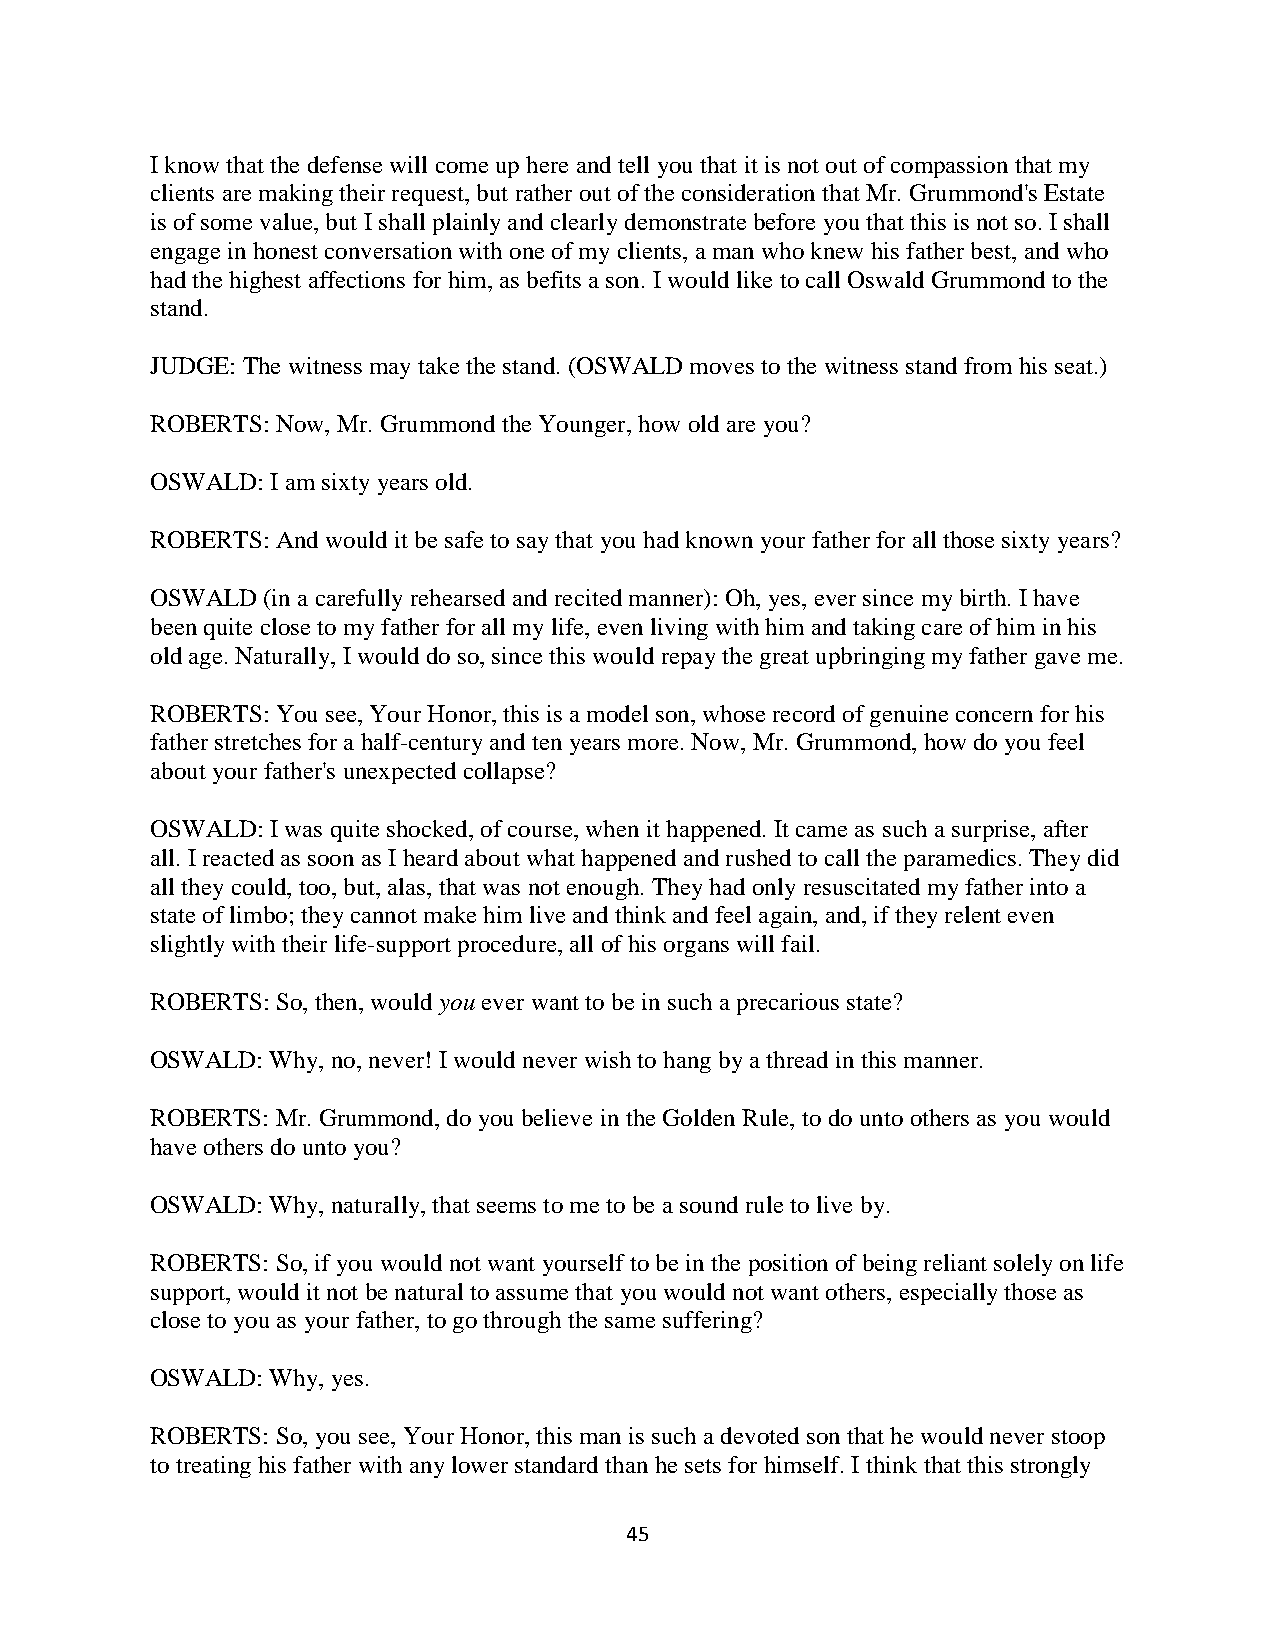
I know that the defense will come up here and tell you that it is not out of compassion that my
 clients are making their request, but rather out of the consideration that Mr. Grummond's Estate
 is of some value, but I shall plainly and clearly demonstrate before you that this is not so. I shall
 engage in honest conversation with one of my clients, a man who knew his father best, and who
 had the highest affections for him, as befits a son. I would like to call Oswald Grummond to the
 stand.
 JUDGE: The witness may take the stand. (OSWALD moves to the witness stand from his seat.)
 ROBERTS: Now, Mr. Grummond the Younger, how old are you?
 OSWALD: I am sixty years old.
 ROBERTS: And would it be safe to say that you had known your father for all those sixty years?
 OSWALD (in a carefully rehearsed and recited manner): Oh, yes, ever since my birth. I have
 been quite close to my father for all my life, even living with him and taking care of him in his
 old age. Naturally, I would do so, since this would repay the great upbringing my father gave me.
 ROBERTS: You see, Your Honor, this is a model son, whose record of genuine concern for his
 father stretches for a half-century and ten years more. Now, Mr. Grummond, how do you feel
 about your father's unexpected collapse?
 OSWALD: I was quite shocked, of course, when it happened. It came as such a surprise, after
 all. I reacted as soon as I heard about what happened and rushed to call the paramedics. They did
 all they could, too, but, alas, that was not enough. They had only resuscitated my father into a
 state of limbo; they cannot make him live and think and feel again, and, if they relent even
 slightly with their life-support procedure, all of his organs will fail.
 ROBERTS: So, then, would you ever want to be in such a precarious state?
 OSWALD: Why, no, never! I would never wish to hang by a thread in this manner.
 ROBERTS: Mr. Grummond, do you believe in the Golden Rule, to do unto others as you would
 have others do unto you?
 OSWALD: Why, naturally, that seems to me to be a sound rule to live by.
 ROBERTS: So, if you would not want yourself to be in the position of being reliant solely on life
 support, would it not be natural to assume that you would not want others, especially those as
 close to you as your father, to go through the same suffering?
 OSWALD: Why, yes.
 ROBERTS: So, you see, Your Honor, this man is such a devoted son that he would never stoop
 to treating his father with any lower standard than he sets for himself. I think that this strongly
 45